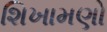
શિખામણો